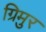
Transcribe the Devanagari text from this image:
ग्रिमुर